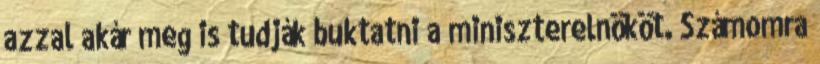
azzal akár meg is tudják buktatni a miniszterelnököt. Számomra